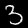
Digit: 3